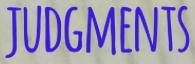
JUDGMENTS